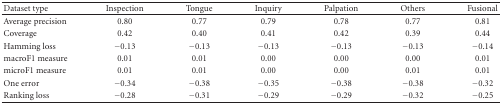
<table><thead><tr><td><b>Dataset type</b></td><td><b>Inspection</b></td><td><b>Tongue</b></td><td><b>Inquiry</b></td><td><b>Palpation</b></td><td><b>Others</b></td><td><b>Fusional</b></td></tr></thead><tbody><tr><td>Average precision</td><td>0.80</td><td>0.77</td><td>0.79</td><td>0.78</td><td>0.77</td><td>0.81</td></tr><tr><td>Coverage</td><td>0.42</td><td>0.40</td><td>0.41</td><td>0.42</td><td>0.39</td><td>0.44</td></tr><tr><td>Hamming loss</td><td>−0.13</td><td>−0.13</td><td>−0.13</td><td>−0.13</td><td>−0.13</td><td>−0.14</td></tr><tr><td>macroF1 measure</td><td>0.01</td><td>0.01</td><td>0.00</td><td>0.00</td><td>0.00</td><td>0.01</td></tr><tr><td>microF1 measure</td><td>0.01</td><td>0.01</td><td>0.00</td><td>0.00</td><td>0.01</td><td>0.01</td></tr><tr><td>One error</td><td>−0.34</td><td>−0.38</td><td>−0.35</td><td>−0.38</td><td>−0.38</td><td>−0.32</td></tr><tr><td>Ranking loss</td><td>−0.28</td><td>−0.31</td><td>−0.29</td><td>−0.29</td><td>−0.32</td><td>−0.25</td></tr></tbody></table>